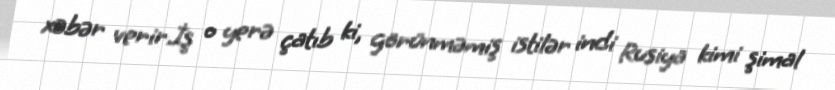
xəbər verir.İş o yerə çatıb ki, görünməmiş istilər indi Rusiya kimi şimal